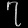
Digit: ၇